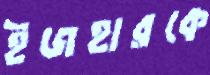
ইজহারকে